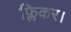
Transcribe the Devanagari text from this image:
फ्लिकर।